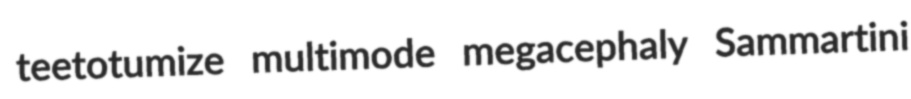
teetotumize multimode megacephaly Sammartini